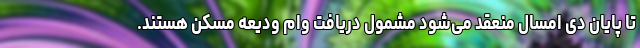
تا پایان دی‌ امسال منعقد می‌شود مشمول دریافت وام ودیعه مسکن هستند.